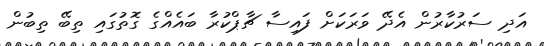
އަދި ސަރުކާރުން އެދޭ ވަރަކަށް ފައިސާ ޗާޕްކުރާ ބައެއްގެ ގޮތުގައި ތިބޭ ތިބުން